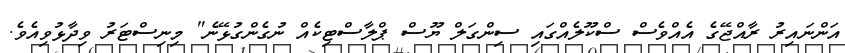
އަންނައިރު ރާއްޖޭގެ އެއްވެސް ސްކޫލެއްގައި ސިންގަލް ޔޫސް ޕްލާސްޓިކެއް ނުގެންގުޅޭނެ" މިނިސްޓަރު ވިދާޅުވިއެވެ.